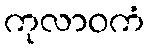
ကုလာဝကံ